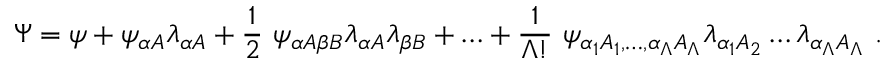
\Psi = \psi + \psi _ { \alpha A } \lambda _ { \alpha A } + \frac { 1 } { 2 } \ \psi _ { \alpha A \beta B } \lambda _ { \alpha A } \lambda _ { \beta B } + { \dots } + \frac { 1 } { \Lambda ! } \ \psi _ { \alpha _ { 1 } A _ { 1 } , \dots , \alpha _ { \Lambda } A _ { \Lambda } } \lambda _ { \alpha _ { 1 } A _ { 2 } } \dots \lambda _ { \alpha _ { \Lambda } A _ { \Lambda } } \ .